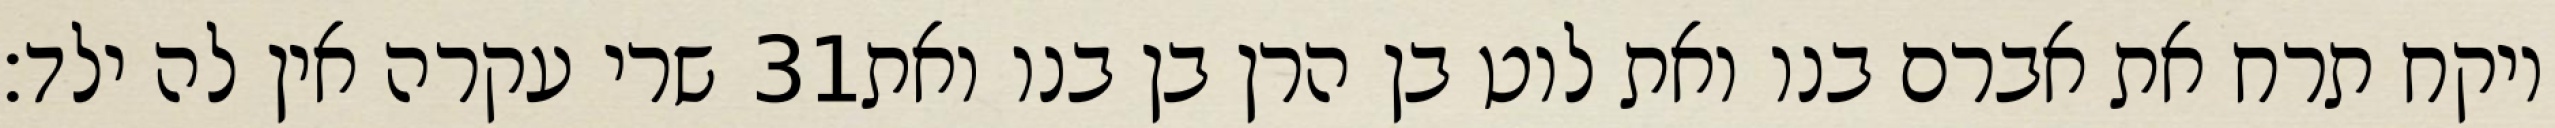
שרי עקרה אין לה ילד׃ ‎31‏ ויקח תרח את אברם בנו ואת לוט בן הרן בן בנו ואת